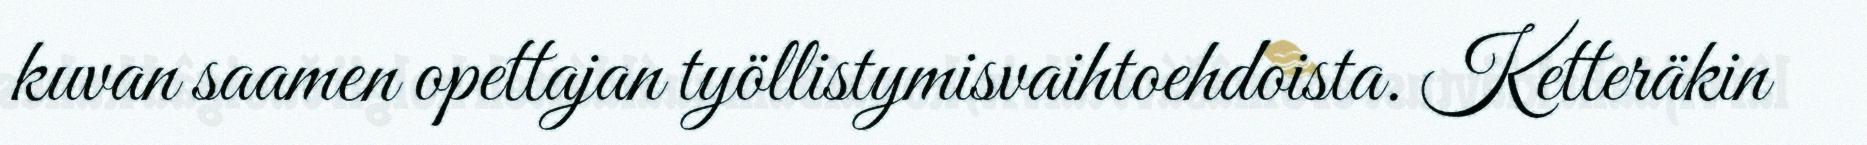
kuvan saamen opettajan työllistymisvaihtoehdoista. Ketteräkin